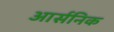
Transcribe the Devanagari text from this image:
आर्सनिक